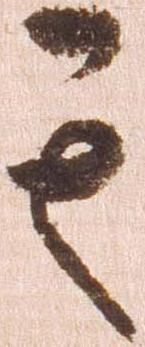
其